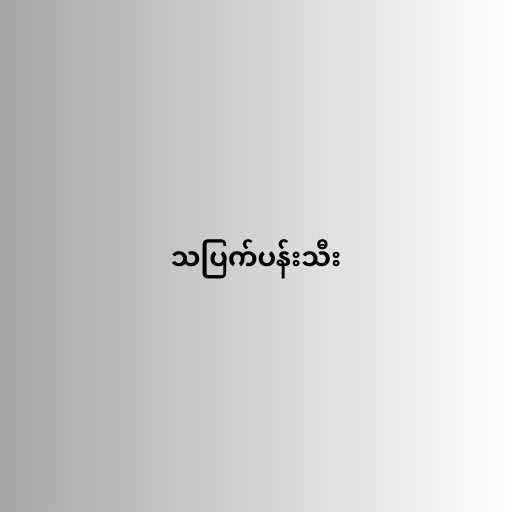
သပြက်ပန်းသီး